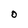
Character: 0